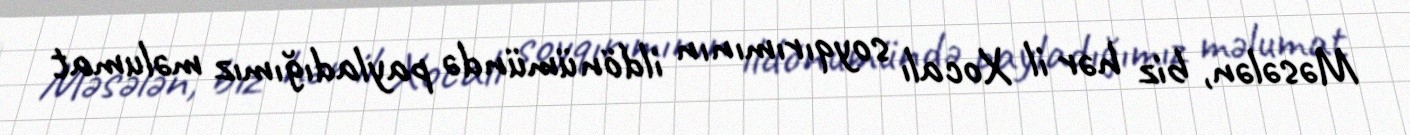
Məsələn, biz hər il Xocalı soyqırımının ildönümündə payladığımız məlumat